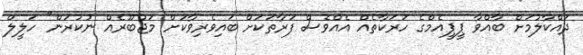
ދައްކާލުމަށް ބާއްވާ ޕީޕީއެމްގެ ހަރަކާތެއް އެއްވެސް ފަރާތަކަށް ބައިވެރިވާކަށް މަޖުބޫރެއް ނުކުރަން" ހަލީލް